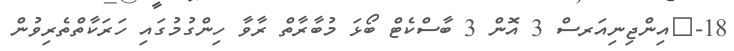
18-	އިންޖިނިއަރސް 3 އޮން 3 ބާސްކެޓް ބޯޅަ މުބާރާތް ރާވާ ހިންގުމުގައި ހަރަކާތްތެރިވުން